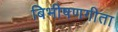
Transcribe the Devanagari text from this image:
बिभीषणगीता